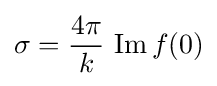
\sigma ={\frac {4\pi }{k}}~\mathrm {Im} \,f(0)